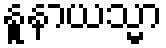
နူနာယသ္မာ